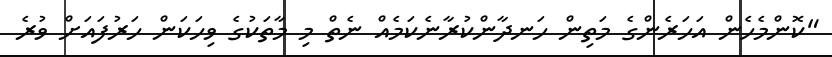
"ކޮންމެހެން އަހަރެންގެ މަތިން ހަނދާންކުރާނެކަމެއް ނެތް މި މާތަކުގެ ވިހަކަން ހަރުފައަށް ވުރެ